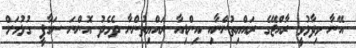
އޭނާ ވިދާޅުވީ ރާއްޖޭގެ ރައްޔިތުންނާއި އިންޑިއާ ރައްޔިތުންނާ ދެމެދު އޮންނަ ސަގާފީ ގުޅުމަށް